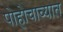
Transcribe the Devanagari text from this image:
पोहोचाव्यात